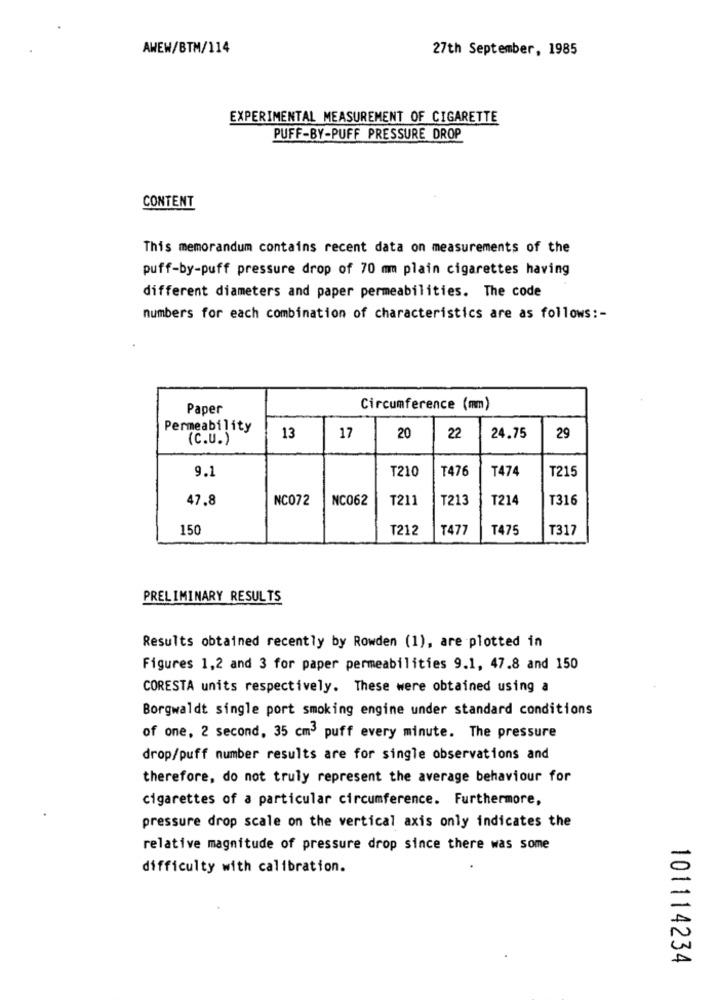
AWEW/BTM/114
27th September, 1985
EXPERIMENTAL MEASUREMENT OF CIGARETTE
PUFF-BY-PUFF PRESSURE DROP
CONTENT
This memorandum contains recent data on measurements of the
puff-by-puff pressure drop of 70 mm plain cigarettes having
different diameters and paper permeabilities. The code
numbers for each combination of characteristics are as follows :-
Paper
Circumference (mm)
Permeability
(C.U.)
13
17
20
22
24.75
29
9.1
T210
T476
T474
T215
47.8
NC072
NC062
T211
T213
T214
T316
150
T212
T477
T475
T317
PRELIMINARY RESULTS
Results obtained recently by Rowden (1), are plotted in
Figures 1,2 and 3 for paper permeabilities 9.1, 47.8 and 150
CORESTA units respectively. These were obtained using a
Borgwaldt single port smoking engine under standard conditions
of one, 2 second, 35 cm3 puff every minute. The pressure
drop/puff number results are for single observations and
therefore, do not truly represent the average behaviour for
cigarettes of a particular circumference. Furthermore,
pressure drop scale on the vertical axis only indicates the
relative magnitude of pressure drop since there was some
difficulty with calibration.
101114234